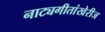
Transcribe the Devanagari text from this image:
नाट्यगीतांखेरीज